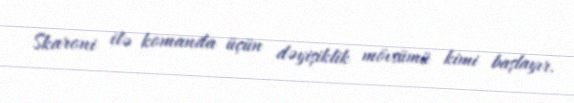
Skaroni ilə komanda üçün dəyişiklik mövsümü kimi başlayır.